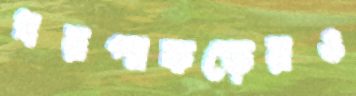
ধরপাকড়েরও